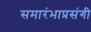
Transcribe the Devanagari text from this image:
समारंभाप्रसंगी